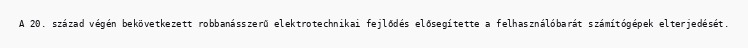
A 20. század végén bekövetkezett robbanásszerű elektrotechnikai fejlődés elősegítette a felhasználóbarát számítógépek elterjedését.